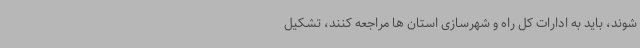
شوند، باید به ادارات کل راه و شهرسازی استان ها مراجعه کنند، تشکیل